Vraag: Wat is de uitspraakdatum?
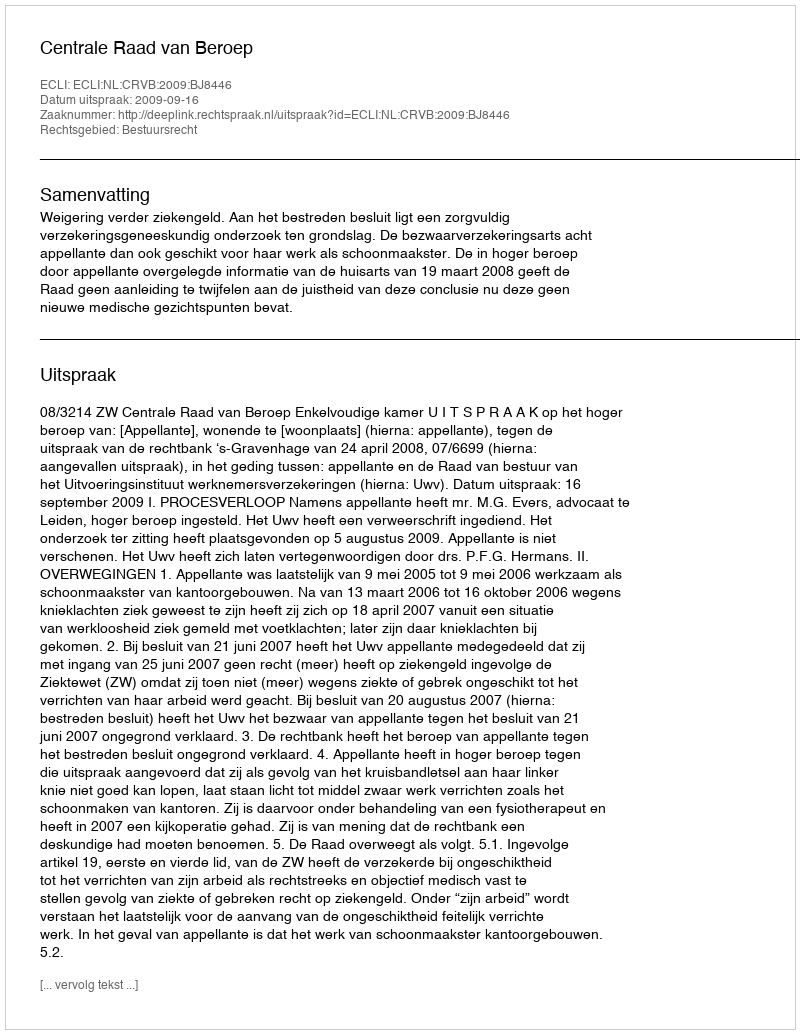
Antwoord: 2009-09-16